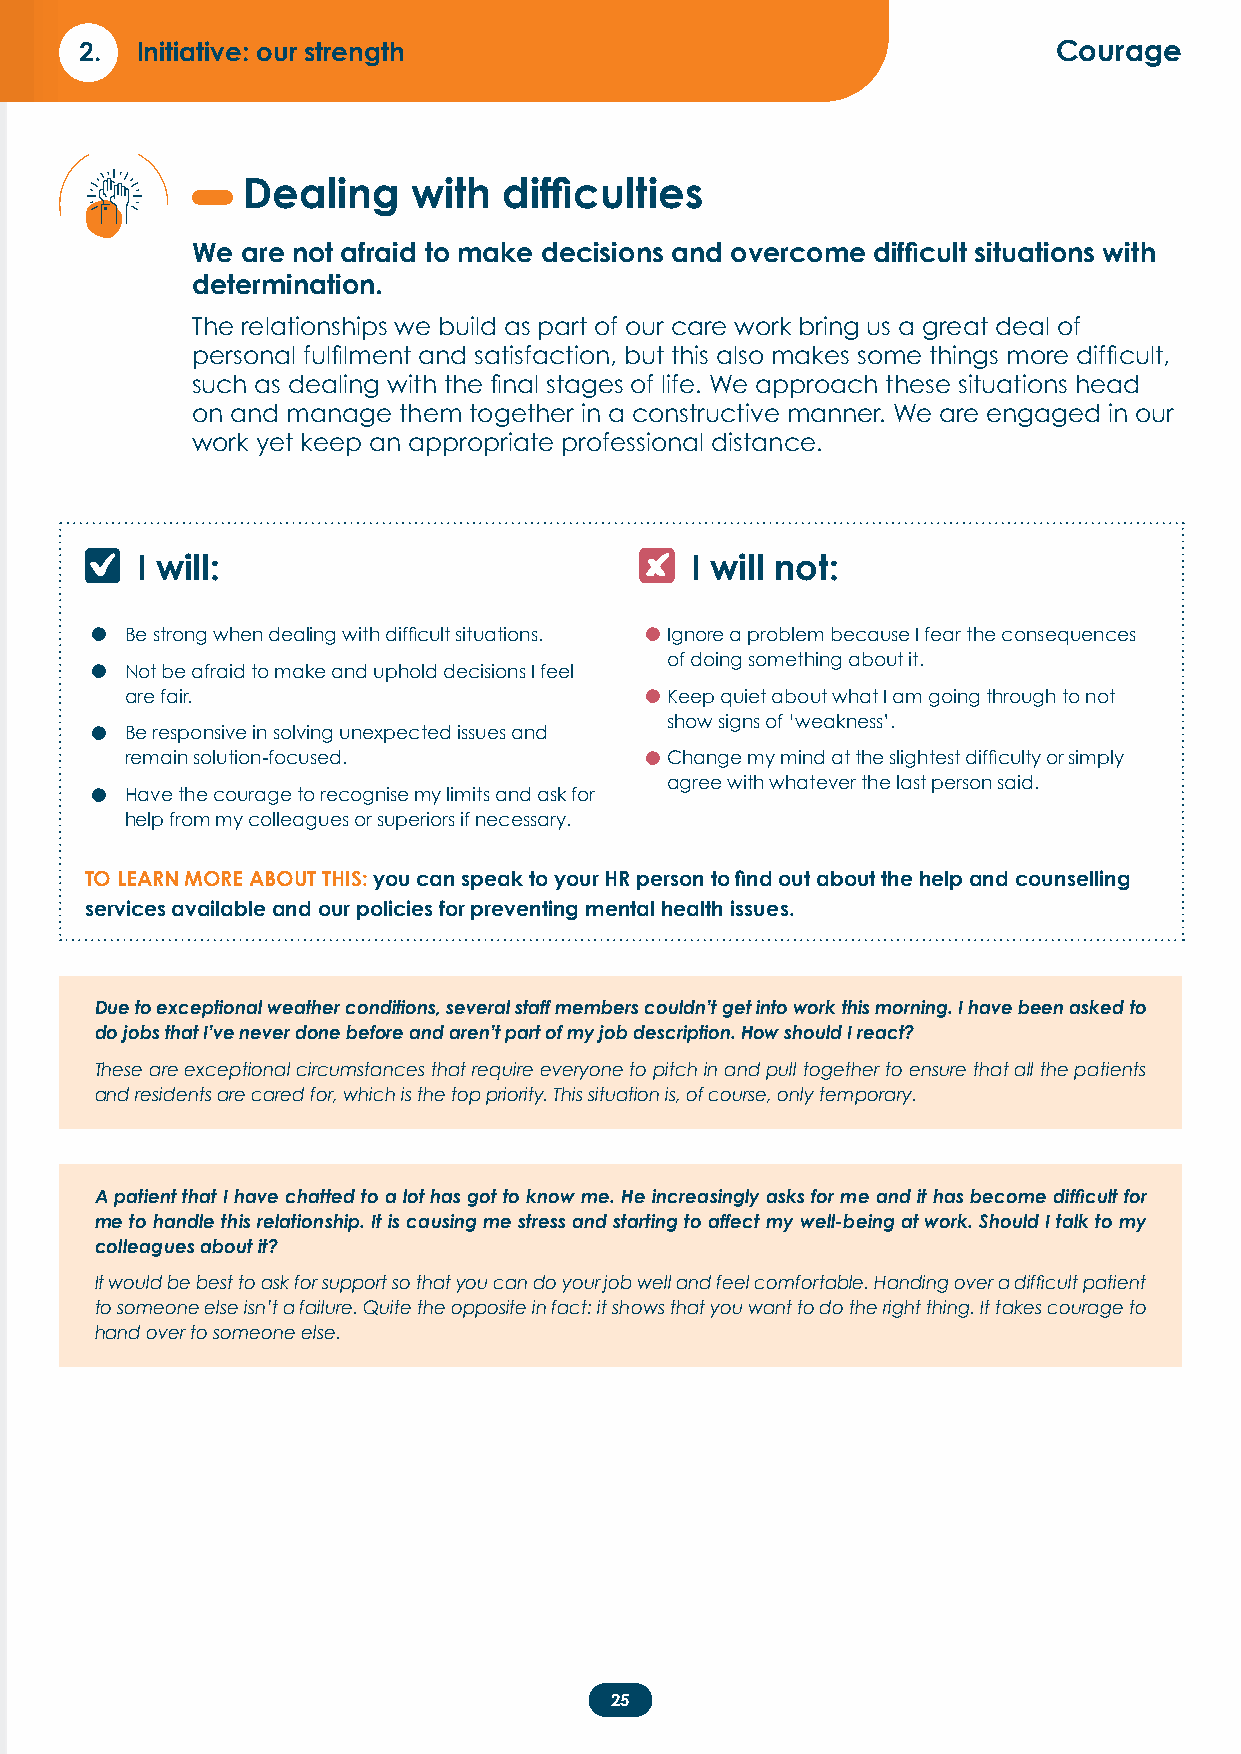
2.  Initiative: our strength                                     Courage
 Dealing    with  difficulties
 We are not afraid to make decisions and overcome difficult situations with
 determination.
 The relationships we build as part of our care work bring us a great deal of
 personal fulfilment and satisfaction, but this also makes some things more difficult,
 such as dealing with the final stages of life. We approach these situations head
 on and manage them together in a constructive manner. We are engaged in our
 work yet keep an appropriate professional distance.
 I will:                              I will not:
 •                                   •
 Be strong when dealing with difficult situations. Ignore a problem because I fear the consequences
 •                                     of doing something about it.
 Not be afraid to make and uphold decisions I feel
 •
 are fair.                           Keep quiet about what I am going through to not
 •                                     show signs of ‘weakness’.
 Be responsive in solving unexpected issues and
 •
 remain solution-focused.            Change my mind at the slightest difficulty or simply
 •                                     agree with whatever the last person said.
 Have the courage to recognise my limits and ask for
 help from my colleagues or superiors if necessary.
 TO LEARN MORE ABOUT THIS: you can speak to your HR person to find out about the help and counselling
 services available and our policies for preventing mental health issues.
 Due to exceptional weather conditions, several staff members couldn’t get into work this morning. I have been asked to
 do jobs that I’ve never done before and aren’t part of my job description. How should I react?
 These are exceptional circumstances that require everyone to pitch in and pull together to ensure that all the patients
 and residents are cared for, which is the top priority. This situation is, of course, only temporary.
 A patient that I have chatted to a lot has got to know me. He increasingly asks for me and it has become difficult for
 me to handle this relationship. It is causing me stress and starting to affect my well-being at work. Should I talk to my
 colleagues about it?
 It would be best to ask for support so that you can do your job well and feel comfortable. Handing over a difficult patient
 to someone else isn’t a failure. Quite the opposite in fact: it shows that you want to do the right thing. It takes courage to
 hand over to someone else.
 25